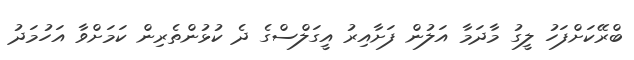
ބްރޭކަށްފަހު ލީގު މާދަމާ އަލުން ފަށާއިރު އީގަލްސްގެ ދެ ކުޅުންތެރިން ކަމަށްވާ އަހުމަދު